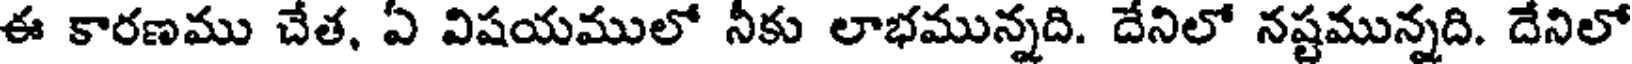
ఈ కారణము చేత, ఏ విషయములో నీకు లాభమున్నది. దేనిలో నష్టమున్నది. దేనిలో